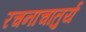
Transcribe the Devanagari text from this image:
रचनाचातुर्य